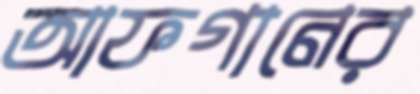
আফগানের